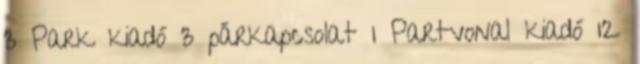
3 Park kiadó 3 párkapcsolat 1 Partvonal kiadó 12